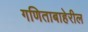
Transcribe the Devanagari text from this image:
गणिताबाहेरील